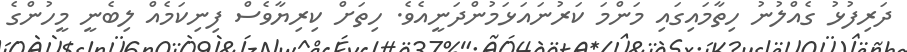
ދަރިފުޅު ގެއްލުނު ހިތާމައިގައި މަންމަ ކަރުނައަޅަމުންދަނީއެވެ. ހިތަށް ކިރިޔާވެސް ފިނިކަމެއް ލިބެނީ މީހުންގެ